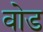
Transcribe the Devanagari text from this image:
वोड